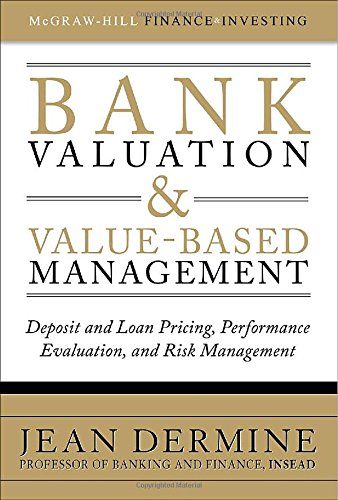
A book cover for Bank Valuation and Value-Based Management: Deposit and Loan Pricing, Performance Evaluation, and Risk Management (McGraw-Hill Finance & Investing); Jean Dermine; Business & Money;